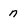
Character: n